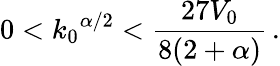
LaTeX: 0<{k_{0}}^{\alpha/2}<\frac{27V_{0}}{8(2+\alpha)}\, .